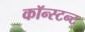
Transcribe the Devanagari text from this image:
कॉन्स्टन्ट